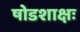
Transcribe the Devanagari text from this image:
षोडशाक्षः